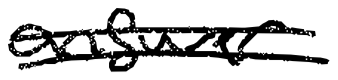
Text: answer
Cross-out: mix
Writing tool: digital_black